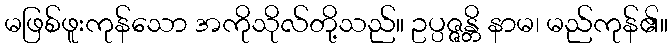
မဖြစ်ဖူးကုန်သော အကိုသိုလ်တို့သည်။ ဥပ္ပဇ္ဇန္တိ နာမ၊ မည်ကုန်၏။